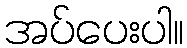
အပ်ပေးပါ။